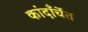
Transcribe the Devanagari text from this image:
कांदाँर्चेत